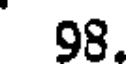
98.